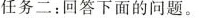
19.Is Dale Jane's cousin?